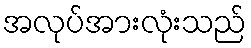
အလုပ်အားလုံးသည်